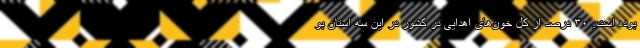
بوده است. ۳۰ درصد از کل خون‌های اهدایی در کشور در این سه استان بو